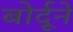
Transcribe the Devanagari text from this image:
बोर्दूने